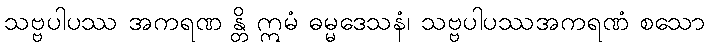
သဗ္ဗပါပဿ အကရဏ န္တိ ဣမံ ဓမ္မဒေသနံ၊ သဗ္ဗပါပဿအကရဏံ စသော